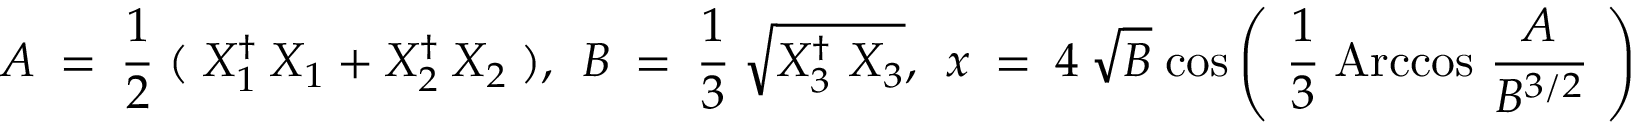
A ~ = ~ { \frac { 1 } { 2 } } \; ( \; X _ { 1 } ^ { \dagger } ~ X _ { 1 } ~ + ~ X _ { 2 } ^ { \dagger } ~ X _ { 2 } \; ) , ~ ~ B ~ = ~ { \frac { 1 } { 3 } } ~ \sqrt { X _ { 3 } ^ { \dagger } ~ X _ { 3 } } , ~ ~ x ~ = ~ 4 ~ \sqrt { B } \; \mathrm { c o s } \left( ~ { \frac { 1 } { 3 } } \; \mathrm { A r c c o s } ~ { \frac { ~ A ~ } { B ^ { 3 / 2 } } } ~ \right) \; .